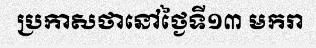
ប្រកាសថានៅថ្ងៃទី១៣ មករា